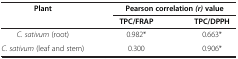
<table><thead><tr><td rowspan="2"><b>Plant</b></td><td colspan="2"><b>Pearson correlation <i>(r) </i>value</b></td></tr><tr><td><b>TPC/FRAP</b></td><td><b>TPC/DPPH</b></td></tr></thead><tbody><tr><td><i>C. sativum</i> (root)</td><td>0.982*</td><td>0.663*</td></tr><tr><td><i>C. sativum</i> (leaf and stem)</td><td>0.300</td><td>0.906*</td></tr></tbody></table>